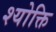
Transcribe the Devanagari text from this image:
श्योक्ति